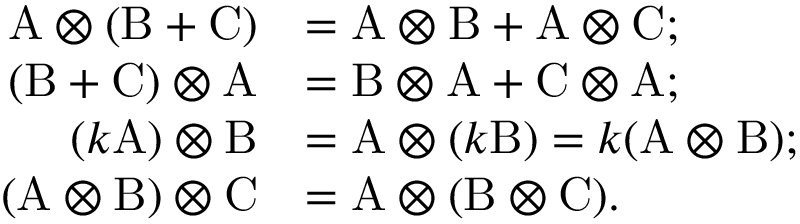
\begin{array} { r l } { \mathrm { A } \otimes ( \mathrm { B } + \mathrm { C } ) } & { = \mathrm { A } \otimes \mathrm { B } + \mathrm { A } \otimes \mathrm { C } ; } \\ { ( \mathrm { B } + \mathrm { C } ) \otimes \mathrm { A } } & { = \mathrm { B } \otimes \mathrm { A } + \mathrm { C } \otimes \mathrm { A } ; } \\ { ( k \mathrm { A } ) \otimes \mathrm { B } } & { = \mathrm { A } \otimes ( k \mathrm { B } ) = k ( \mathrm { A } \otimes \mathrm { B } ) ; } \\ { ( \mathrm { A } \otimes \mathrm { B } ) \otimes \mathrm { C } } & { = \mathrm { A } \otimes ( \mathrm { B } \otimes \mathrm { C } ) . } \end{array}